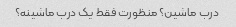
درب ماشین؟ منظورت فقط یک درب ماشینه؟